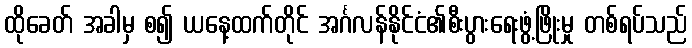
ထိုခေတ် အခါမှ စ၍ ယနေ့ထက်တိုင် အင်္ဂလန်နိုင်ငံ၏စီးပွားရေးဖွံ့ဖြိုးမှု တစ်ရပ်သည်